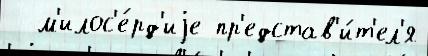
  м'илос'е́рд'иjе пр'едстав'и́т'ел'я